Vaccination North-Western Provinces 1866-1877 - 1866-1877
Year: 1866
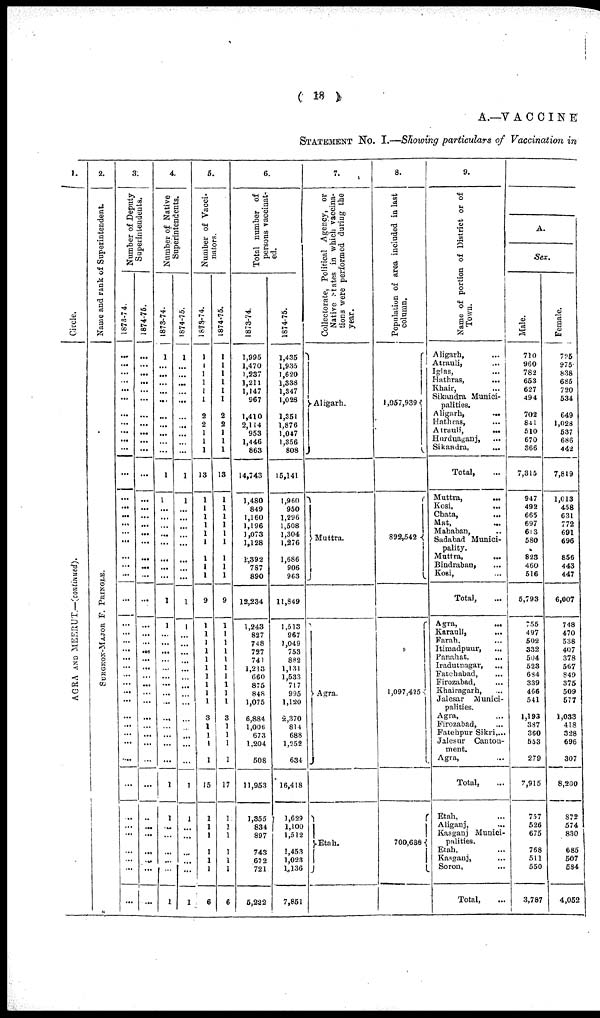
( 18)
A.—VACCINE
STATEMENT No. I.—Showing particulars of Vaccination in
1.
Circle.
AGRA AND MEERUT.—(continued).
2.
Name and rank of Superintendent.
SURGEON-MAJOR F. P RINGLE.
3.
Number of Deputy
Superintendents.
1873-74.
...
...
...
...
...
...
...
...
...
...
...
...
...
...
...
...
...
...
...
...
...
...
...
...
...
...
...
...
...
...
...
...
...
...
...
...
...
...
...
...
...
...
...
...
...
1874-75.
...
...
...
...
...
...
...
...
...
...
...
...
...
...
...
...
...
...
...
...
...
...
...
...
...
...
...
...
...
...
...
...
...
...
...
...
...
...
...
...
...
...
...
...
..
4.
Number of Native
Superintendents.
1873-74.
1
...
...
...
...
...
...
...
...
...
...
1
1
...
...
...
...
...
...
...
...
1
1
...
...
...
...
...
...
...
...
...
...
...
...
...
...
1
1
...
...
...
...
...
1
1874-75.
1
...
...
...
...
...
...
...
...
...
...
1
1
...
...
...
...
...
...
...
...
1
1
...
...
...
...
...
...
...
...
...
...
...
...
...
...
1
1
...
...
...
...
...
1
5.
Number of Vacci¬
nators.
1873-74.
1
1
1
1
1
1
2
2
1
1
1
13
1
1
1
1
1
1
1
1
1
9
1
1
1
1
1
1
1
1
1
1
3
1
1
1
1
15
1
1
1
1
1
1
6
1874-75.
1
1
1
1
1
1
2
2
1
1
1
13
1
1
1
1
1
1
1
1
1
9
1
1
1
1
1
1
1
1
1
1
3
1
1
1
1
17
1
1
1
1
1
1
6
6.
Total number of
persons vaccinat-
ed.
1873-74.
1,995
1,470
1,237
1,211
1,147
967
1,410
2,114
953
1,446
863
14,743
1,480
849
1,160
1,196
1,073
1,128
1,392
787
890
12,234
1,243
827
748
727
741
1,213
660
875
848
1,075
6,884
1,006
673
1,204
508
11,953
1,355
834
897
743
672
721
5,222
1874-75.
1,435
1,935
1,620
1,338
1,347
1,028
1,351
1,876
1,047
1,356
808
15,141
1,960
950
1,296
1,508
1,304
1,276
1,686
906
963
11,849
1,513
967
1,049
753
882
1,131
1,533
717
995
1,120
2,370
814
688
1,252
634
16,418
1,629
1,100
1,512
1,453
1,023
1,136
7,851
7.
Collectorate, Political Agency, or
Native States in which vaccina-
tions were performed during the
year.
Aligarh.
Muttra.
Agra.
Etah.
8.
Population of area included in last
column.
1,057,939
892,542
1,097,425
700,688
9.
Name of portion of District or of
Town.
Aligarh,
...
Atrauli, ...
Iglas, ...
Hathras,
...
Khair, ...
Sikandra Munici-
palities.
Aligarh, ...
Hathras, ...
Atrauli,
...
Hurduaganj, ...
Sikandra, ...
Total, ...
Muttra,
...
Kosi, ...
Chata, ...
Mat, ...
Mahaban, ...
Sadabad Munici-
pality.
Muttra,
...
Bindraban, ...
Kosi, ...
Total, ...
Agra, ...
Karauli, ...
Farah, ...
Itimadpuur, ...
Panahat, ...
Iradutnagar,
...
Fatehabad, ...
Firozabad, ...
Khairagarh, ...
Jalesar
Munici-
palities.
Agra, ...
Firozabad, ...
Fatehpur Sikri,...
Jalesur
Canton-
ment.
Agra, ...
Total, ...
Etah, ...
Aliganj, ...
Kasganj Munici-
palities.
Etah, ...
Kasganj, ...
Soron, ...
Total, ...
A.
Sex.
Male.
710
960
782
653
627
494
702
841
510
670
366
7,315
947
492
665
697
613
580
823
460
516
5,793
755
497
502
332
504
523
684
339
466
541
1,193
337
360
553
279
7,915
757
526
675
768
511
550
3,787
Female.
725
975
838
685
720
534
649
1,028
537
686
442
7,819
1,013
458
631
772
691
696
856
443
447
6,007
748
470
538
407
378
567
849
375
509
577
1,033
418
328
696
307
8,200
872
574
830
685
507
534
4,052